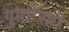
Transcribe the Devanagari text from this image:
गुप्तहेरही